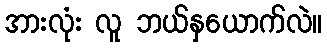
အားလုံး လူ ဘယ်နှယောက်လဲ။